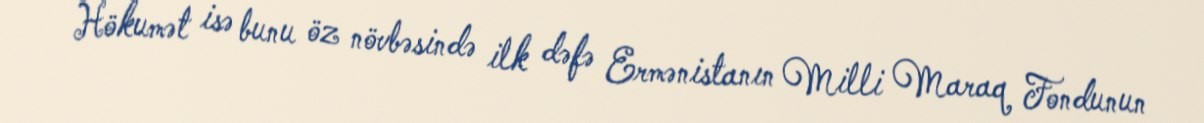
Hökumət isə bunu öz növbəsində ilk dəfə Ermənistanın Milli Maraq Fondunun